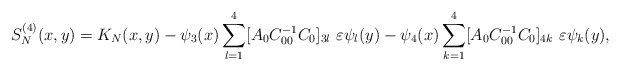
\begin{align*}S^{(4)}_{N}(x,y)=K_{N}(x,y)-\psi_{3}(x) \sum_{l=1}^{4}[A_{0}C_{00}^{-1}C_{0}]_{3l} \ \varepsilon \psi_{l}(y)-\psi_{4}(x) \sum_{k=1}^{4}[A_{0}C_{00}^{-1}C_{0}]_{4k}\ \varepsilon \psi_{k}(y),\end{align*}